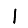
Digit: 1